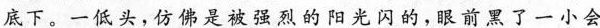
底下。一低头，仿佛是被强烈的阳光闪的，眼前累了一小会